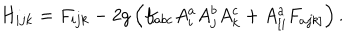
LaTeX: H _ { i j k } = F _ { i j k } - 2 g \left( f _ { a b c } A _ { i } ^ { a } A _ { j } ^ { b } A _ { k } ^ { c } + A _ { \left[ i \right. } ^ { a } F _ { a \left. j k \right] } \right) .